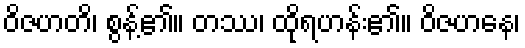
ဝိဇဟတိ၊ စွန့်၏။ တဿ၊ ထိုရဟန်း၏။ ဝိဇဟနေ၊